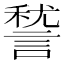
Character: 諬